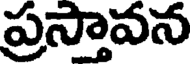
ప్రస్తావన